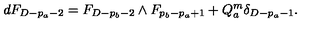
d F _ { D - p _ { a } - 2 } = F _ { D - p _ { b } - 2 } \wedge F _ { p _ { b } - p _ { a } + 1 } + Q _ { a } ^ { m } \delta _ { D - p _ { a } - 1 } .